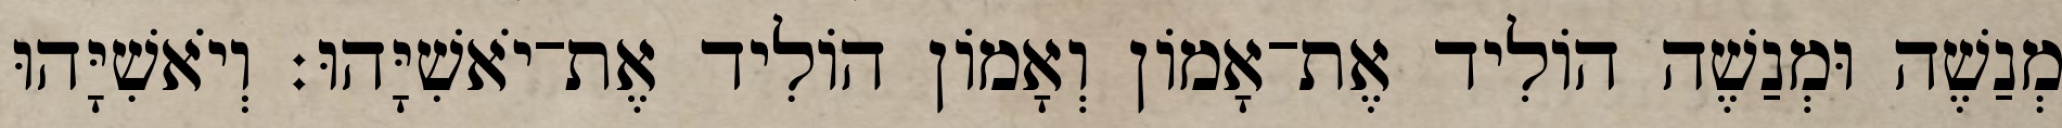
מְנַשֶׁה וּמְנַשֶׁה הוֹלִיד אֶת־אָמוֹן וְאָמוֹן הוֹלִיד אֶת־יֹאשִׁיָּהוּ׃ וְיֹאשִׁיָּהוּ